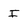
Character: I